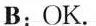
B:OK.